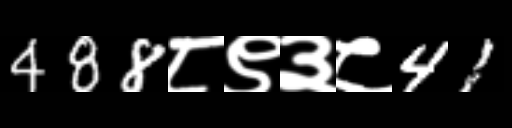
Text: 488८९३८41